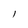
Character: l